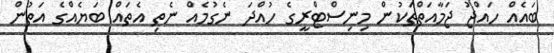
ބައެއް ހައްޖު ޖަމާއަތްތަކުން މިނިސްޓްރީގެ ހުއްދަ ނެގުމެއް ނެތި އެތައް ބަޔެއްގެ އަތުން